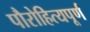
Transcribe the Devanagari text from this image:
पौरोहित्यपूर्ण